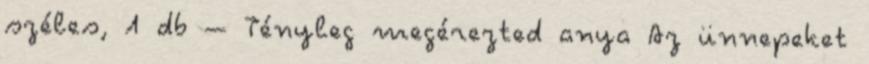
széles, 1 db – Tényleg megérezted anya Az ünnepeket